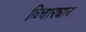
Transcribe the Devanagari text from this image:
विचारधार